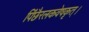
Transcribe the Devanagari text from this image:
पिंछैरलकवेषकृत्‌।